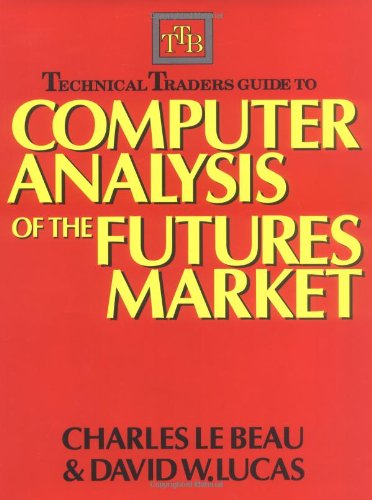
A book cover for Technical Traders Guide to Computer Analysis of the Futures Markets; Charles Lebeau; Business & Money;